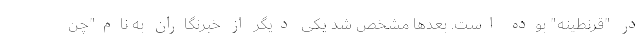
در "قرنطینه" بوده است. بعدها مشخص شد یکی دیگر از خبرنگاران به نام"چن